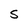
Character: S